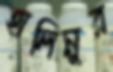
হালিমুর